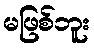
မဖြစ်ဘူး